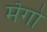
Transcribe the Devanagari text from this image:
मॆंगो